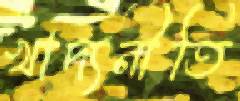
খাদ্যনীতি